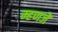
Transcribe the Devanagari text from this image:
म्हणजॆ